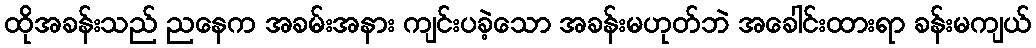
ထိုအခန်းသည် ညနေက အခမ်းအနား ကျင်းပခဲ့သော အခန်းမဟုတ်ဘဲ အခေါင်းထားရာ ခန်းမကျယ်